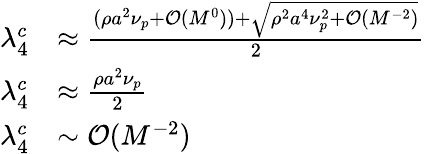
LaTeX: \begin{array}{rl}{\lambda_{4}^{c}}&{\approx\frac{(\rho a^{2}\nu_{p}+\mathcal{O}(M^{0}))+\sqrt{\rho^{2}a^{4}\nu_{p}^{2}+\mathcal{O}(M^{-2})}}{2}}\\ {\lambda_{4}^{c}}&{\approx\frac{\rho a^{2}\nu_{p}}{2}}\\ {\lambda_{4}^{c}}&{\sim\mathcal{O}(M^{-2})}\end{array}